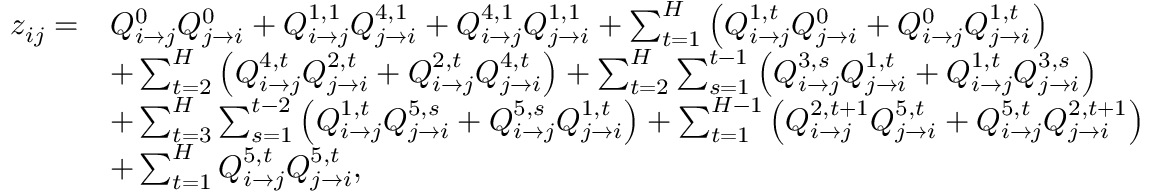
\begin{array} { r l } { z _ { i j } = } & { Q _ { i \rightarrow j } ^ { 0 } Q _ { j \rightarrow i } ^ { 0 } + Q _ { i \rightarrow j } ^ { 1 , 1 } Q _ { j \rightarrow i } ^ { 4 , 1 } + Q _ { i \rightarrow j } ^ { 4 , 1 } Q _ { j \rightarrow i } ^ { 1 , 1 } + \sum _ { t = 1 } ^ { H } \left( Q _ { i \rightarrow j } ^ { 1 , t } Q _ { j \rightarrow i } ^ { 0 } + Q _ { i \rightarrow j } ^ { 0 } Q _ { j \rightarrow i } ^ { 1 , t } \right) } \\ & { + \sum _ { t = 2 } ^ { H } \left( Q _ { i \rightarrow j } ^ { 4 , t } Q _ { j \rightarrow i } ^ { 2 , t } + Q _ { i \rightarrow j } ^ { 2 , t } Q _ { j \rightarrow i } ^ { 4 , t } \right) + \sum _ { t = 2 } ^ { H } \sum _ { s = 1 } ^ { t - 1 } \left( Q _ { i \rightarrow j } ^ { 3 , s } Q _ { j \rightarrow i } ^ { 1 , t } + Q _ { i \rightarrow j } ^ { 1 , t } Q _ { j \rightarrow i } ^ { 3 , s } \right) } \\ & { + \sum _ { t = 3 } ^ { H } \sum _ { s = 1 } ^ { t - 2 } \left( Q _ { i \rightarrow j } ^ { 1 , t } Q _ { j \rightarrow i } ^ { 5 , s } + Q _ { i \rightarrow j } ^ { 5 , s } Q _ { j \rightarrow i } ^ { 1 , t } \right) + \sum _ { t = 1 } ^ { H - 1 } \left( Q _ { i \rightarrow j } ^ { 2 , t + 1 } Q _ { j \rightarrow i } ^ { 5 , t } + Q _ { i \rightarrow j } ^ { 5 , t } Q _ { j \rightarrow i } ^ { 2 , t + 1 } \right) } \\ & { + \sum _ { t = 1 } ^ { H } Q _ { i \rightarrow j } ^ { 5 , t } Q _ { j \rightarrow i } ^ { 5 , t } , } \end{array}